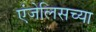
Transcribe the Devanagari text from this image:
एंजेलिसच्या